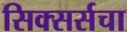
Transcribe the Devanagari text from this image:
सिक्सर्सचा